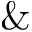
\&